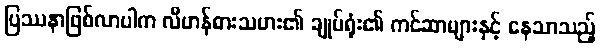
ပြဿနာဖြစ်လာပါက လီဟန်ဓားသမား၏ ချုပ်ရုံး၏ ကင်ဆာများနှင့် နေသာသည့်